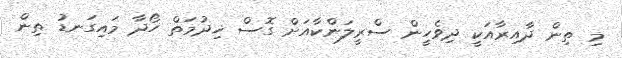
މި ތިން ދާއިރާއަކީ ދިވެހީން ސްރީލަންކާއަށް ގޮސް ޚިދުމަތް ހޯދާ މައިގަނޑު ތިން